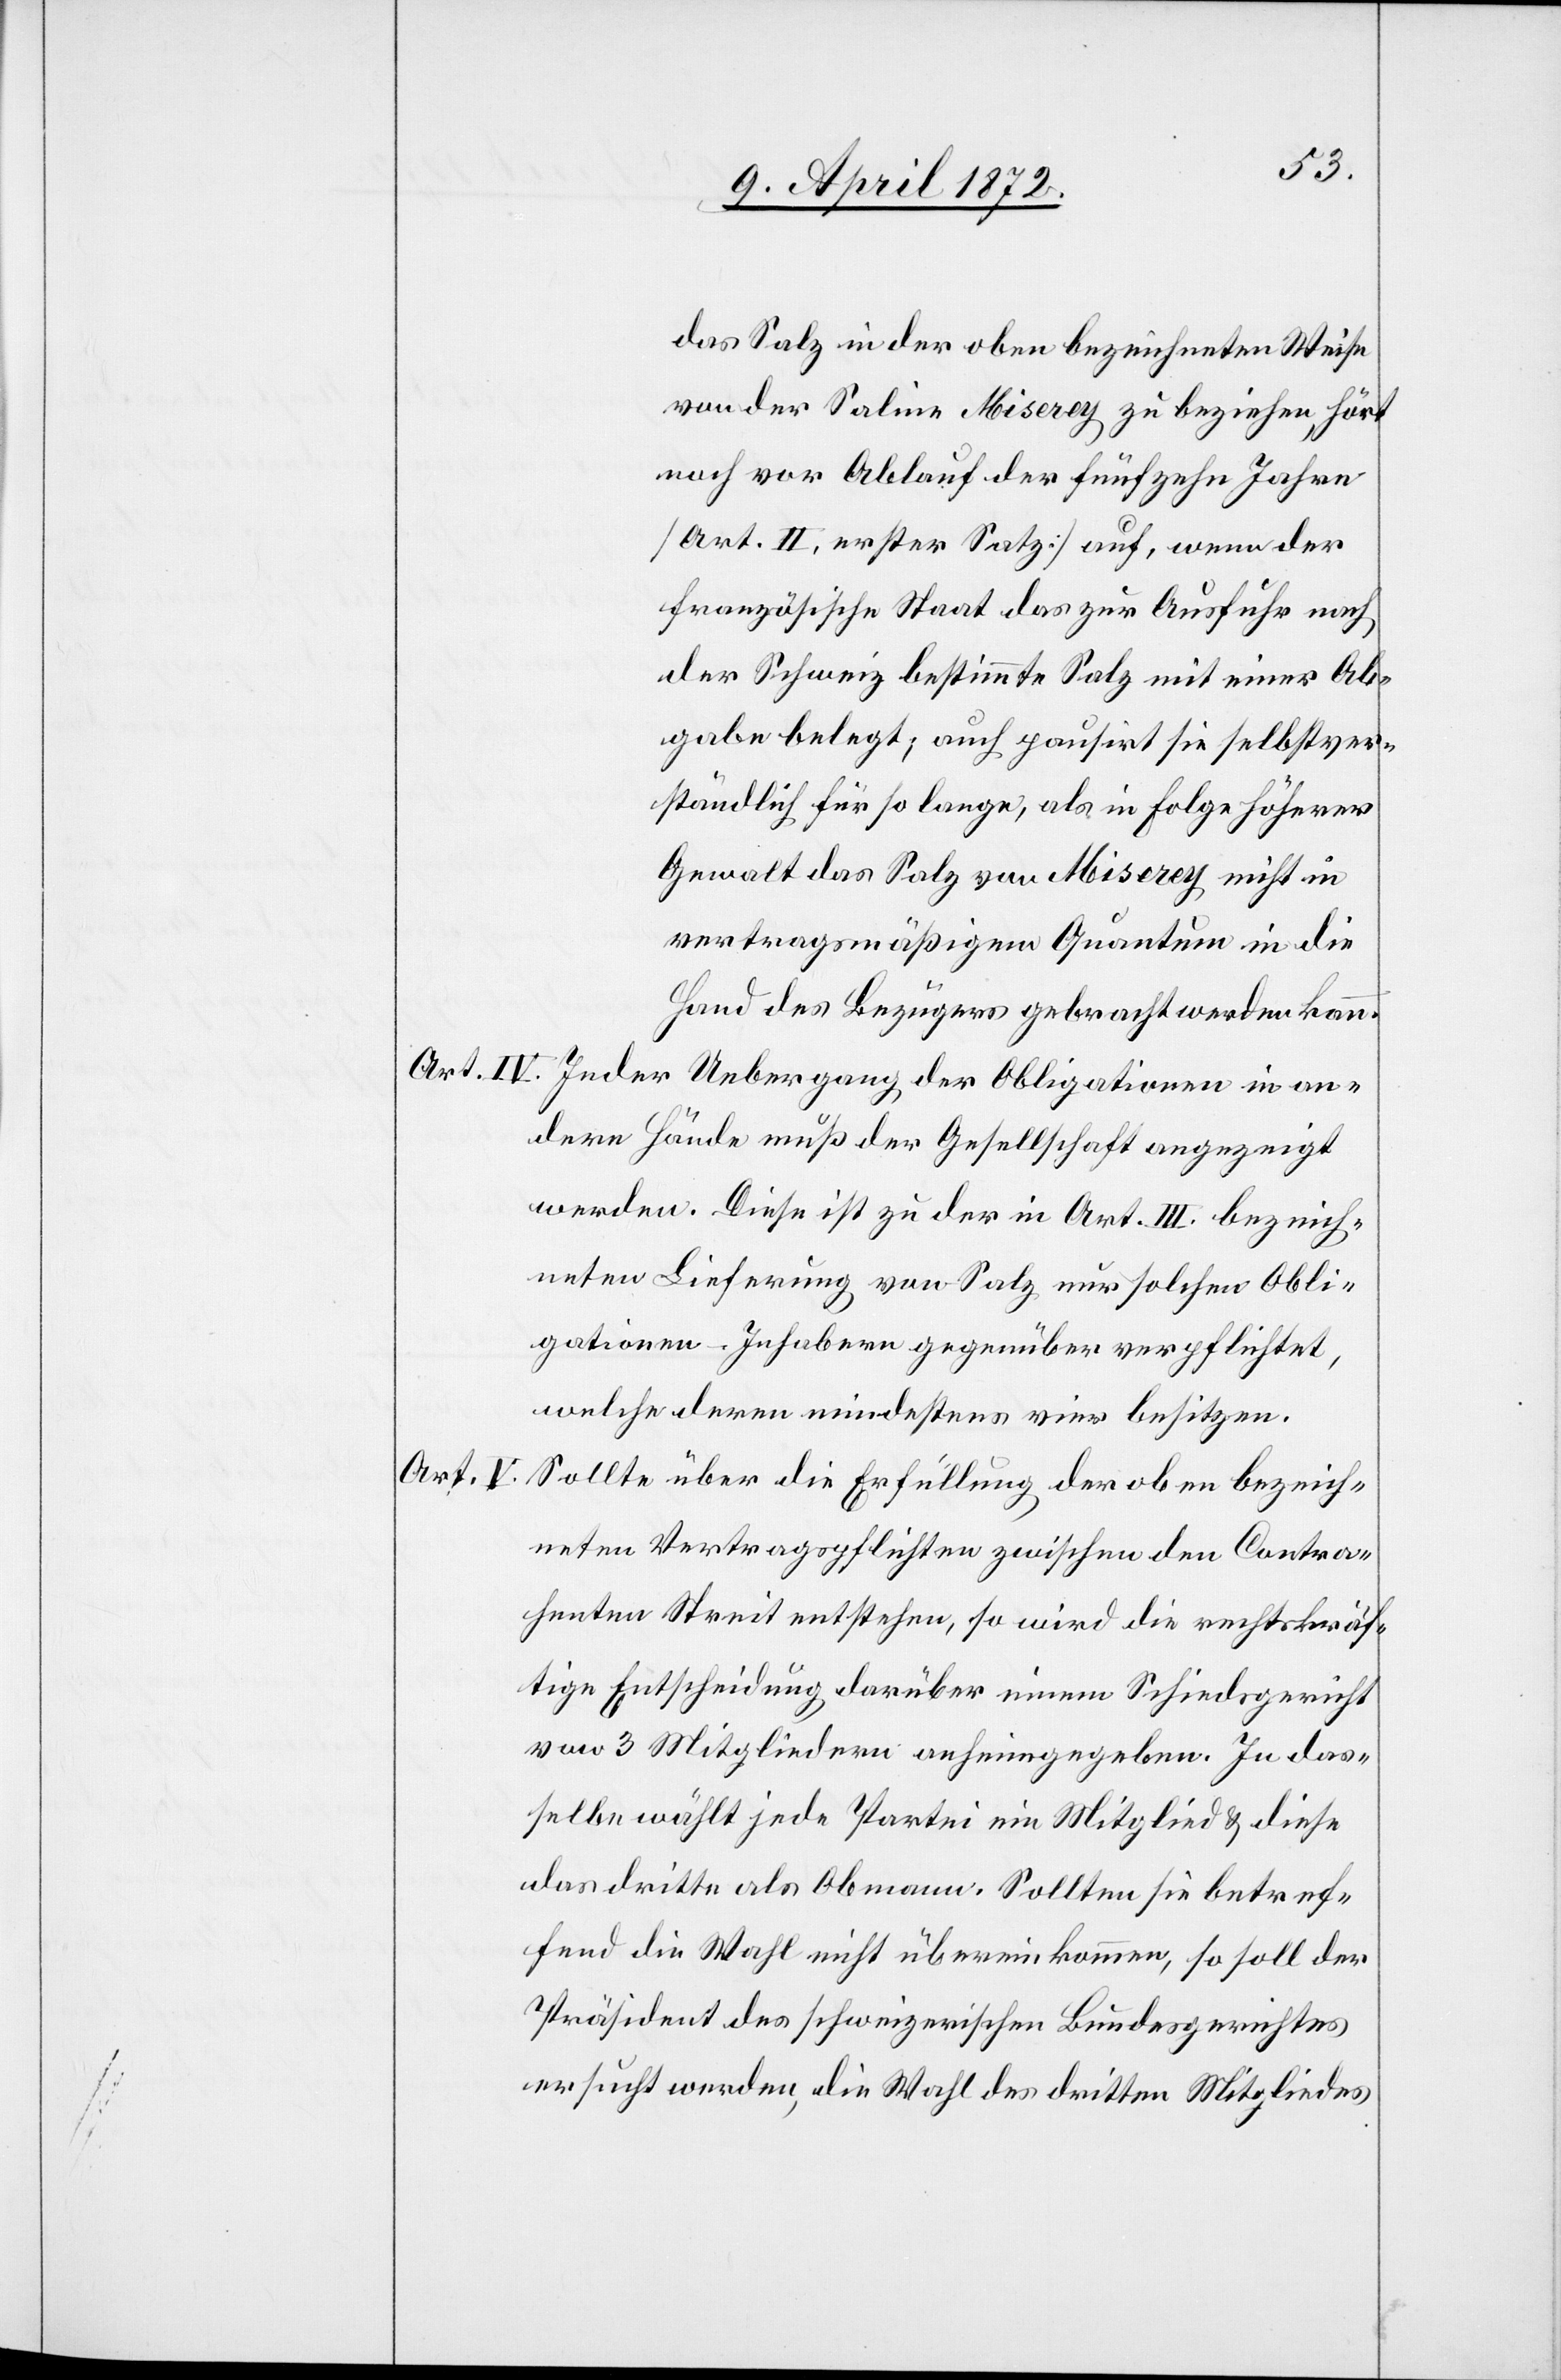
das Salz in der oben bezeichneten Weise
von der Saline Miserey zu beziehen hört
noch vor Ablauf der fünfzehn Jahre
[Art. II, erster Satz] auf, wenn der
französische Staat das zur Ausfuhr nach
der Schweiz bestimmte Salz mit einer Ab¬
gabe belegt, auch pausirt sie selbstver¬
ständlich für so lange, als in Folge höherer
Gewalt das Salz von Miserey nicht in
vertragsmäßigem Quantum in die
Hand des Bezügers gebracht werden kann.
Art. IV. Jeder Uebergang der Obligationen in an¬
dere Hände muß der Gesellschaft angezeigt
werden. Diese ist zu der in Art. III. bezeich¬
neten Lieferung von Salz nur solchen Obli¬
gationen-Inhabern gegenüber verpflichtet,
welche deren mindestes vier besitzen.
Art. V.
Sollte über die Erfüllung der oben bezeich¬
neten Vertragspflichten zwischen den Contra¬
henten Streit entstehen, so wird die rechtskräf¬
tige Entscheidung darüber einem Schiedsgericht
von 3 Mitgliedern anheimgegeben. In das¬
selbe wählt jede Partei ein Mitglied u. diese
das dritte als Obmann. Sollten sie betref¬
fend die Wahl nicht übereinkommen, so soll der
Präsident des schweizerischen Bundesgerichtes
ersucht werden, die Wahl des dritten Mitgliedes